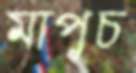
মাপুচ